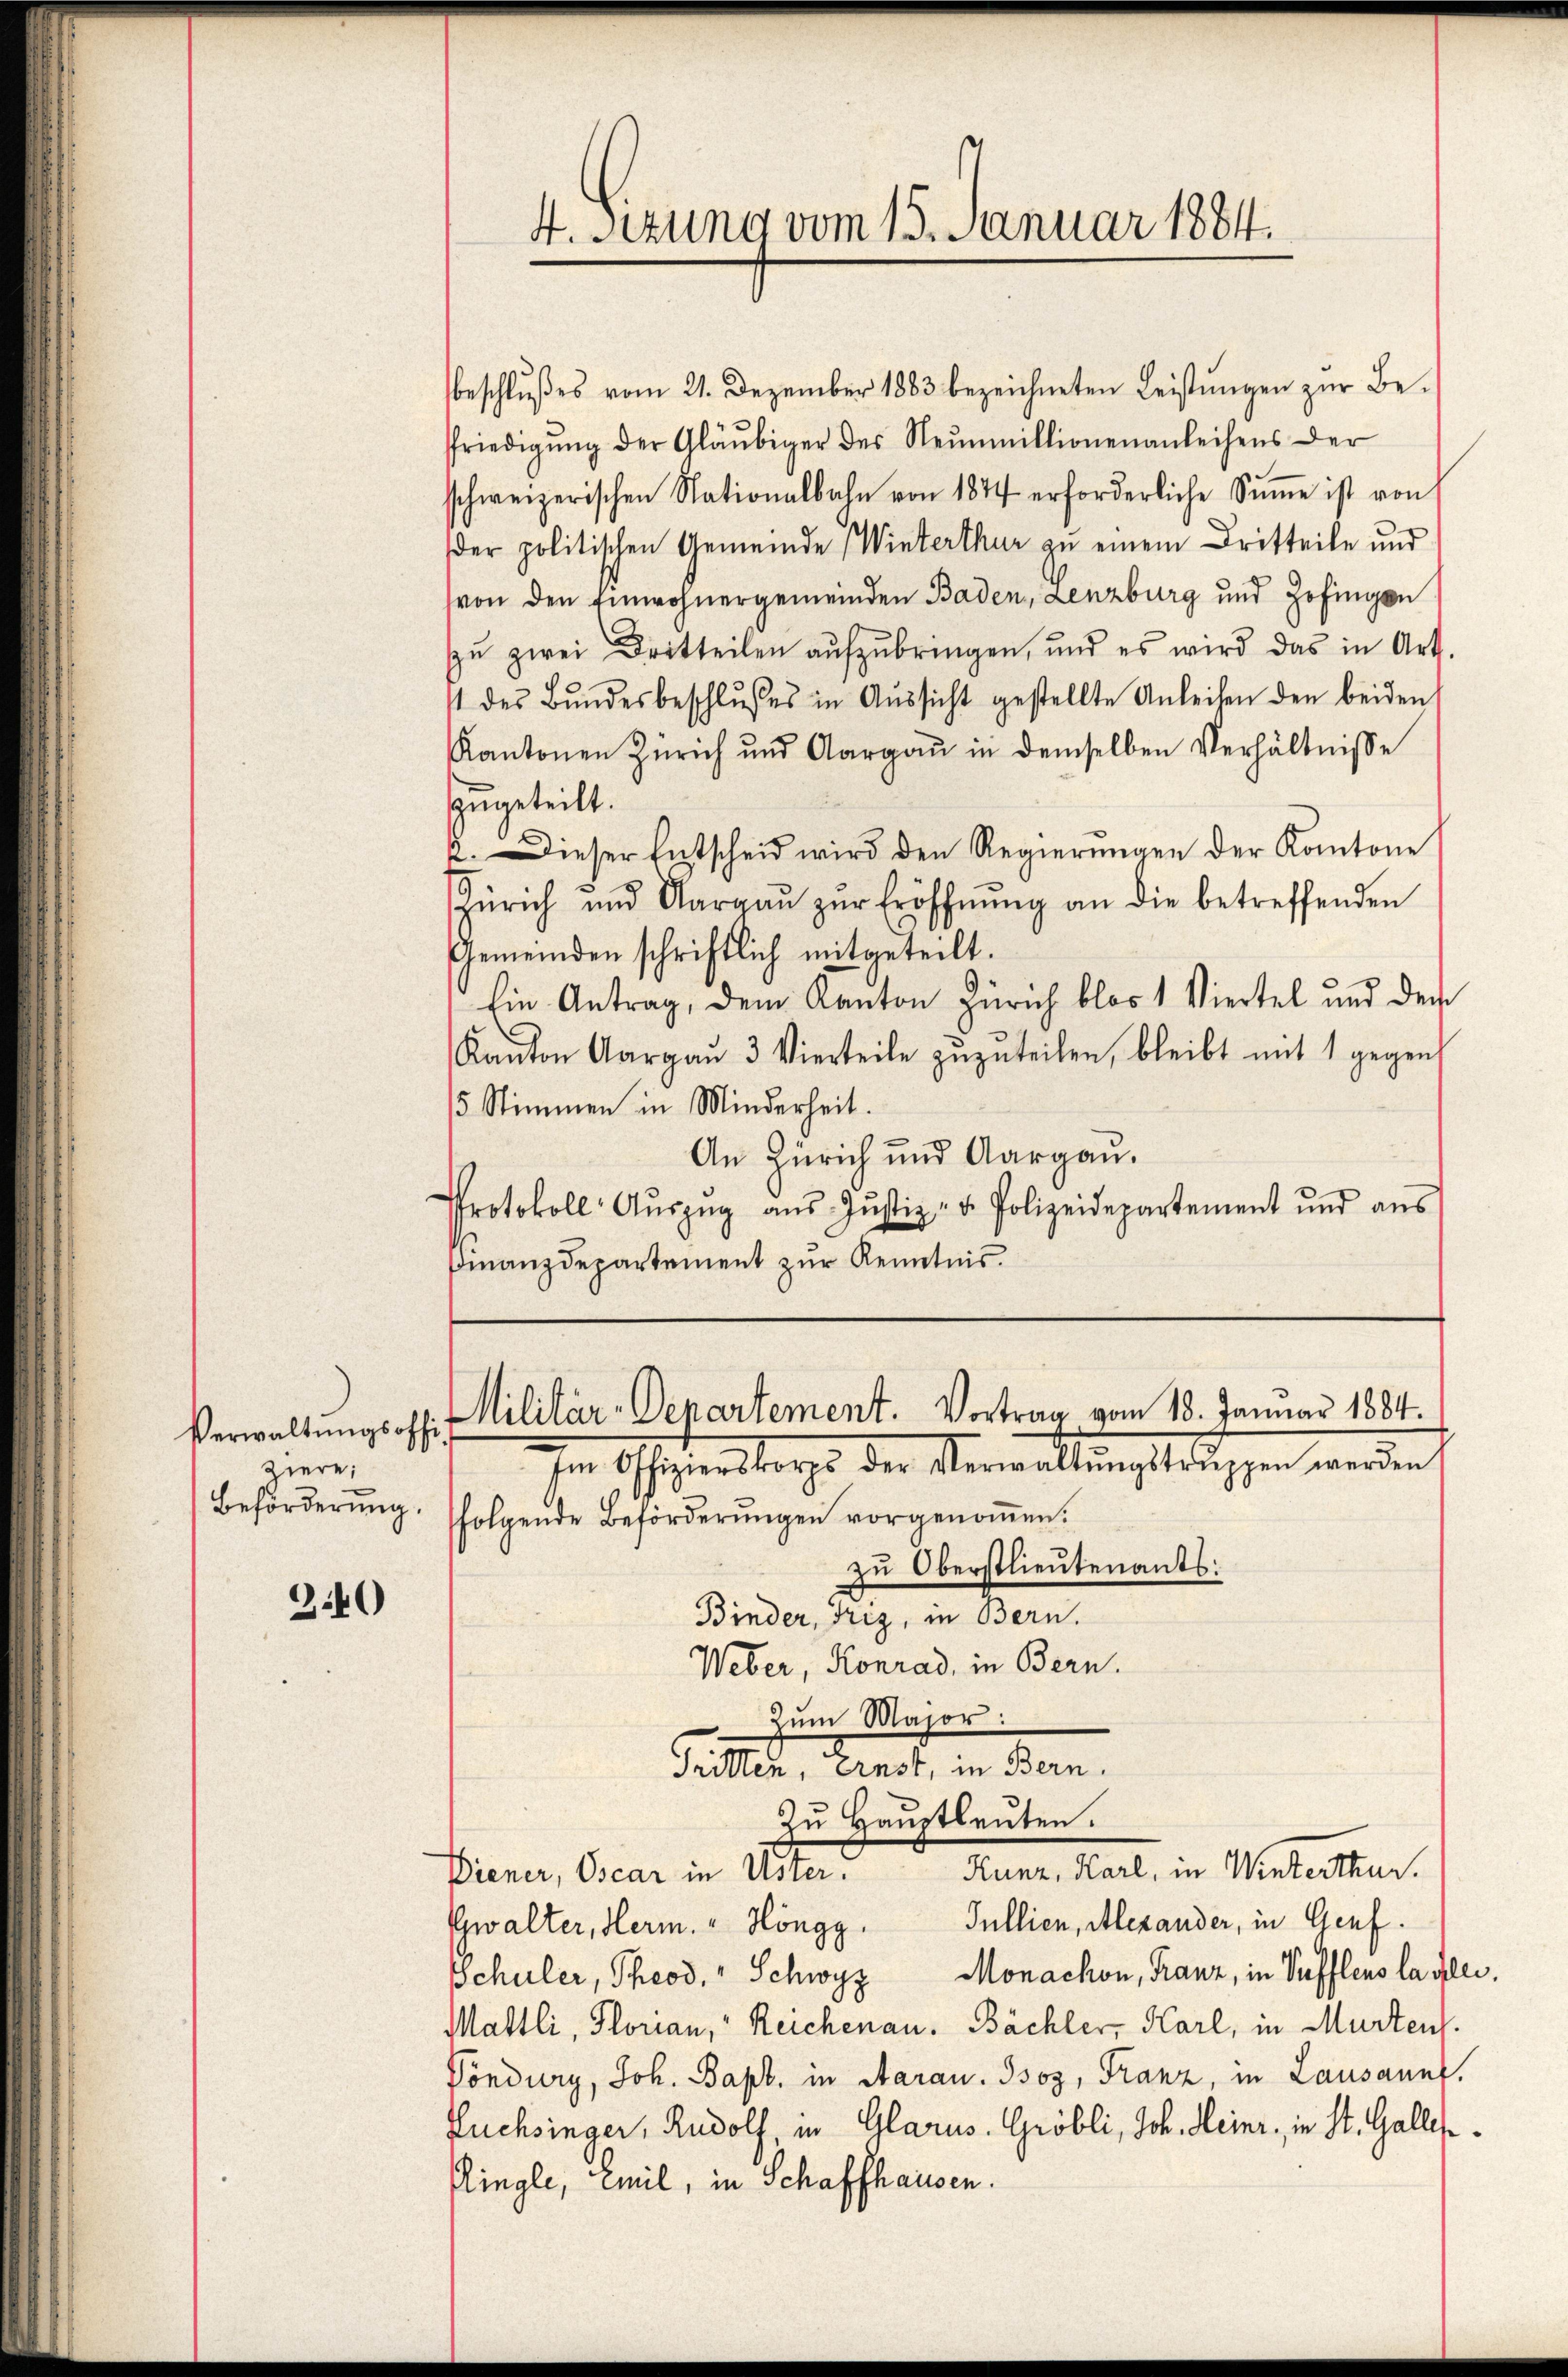
Verwaltungsoffiziere,

3.40

4. Sizung vom 15. Januar 1884.

beschlŭβes vom 21. Dezember 1883 bezeichneten Leistŭngen zŭr Be-
Pfriedigŭng der Gläubiger der Neŭnmillionenanleihens der
schweizerischen Nationalbahn von 1844 erforderliche Sŭṁe ist von
der politischen Gemeinde (Winterthur zu einem Dritteile und
von den Einwohnergemeinden Baden, Lenzburg und Zofingen
zŭ zwei Dritteilen aŭfzŭbringen, und es wird das in Art.
 des Bŭndesbeschlŭsses in Aŭssicht gestellte Anleihen den beiden
Kantonen Zürich und Aargaŭ in demselben Verhältnisse
zugeteilt.
2. Dieser Entscheid wird den Regierŭngen der Kantone
Zürich und Aargaŭ zŭr Eröffnŭng an die betreffenden
Gemeinden schriftlich mitgeteilt.
Ein Antrag, dem Kanton Zürich blos 1 Viertel und der
Kanton Aargaŭ 3 Vierteile zŭzŭteilen, bleibt mit 1 gegens
15 Stimmen in Minderheit.
An Zürich und Aargau.
Protokoll Aŭszŭg aŭs Jŭstiz- u. Polizeidepartement und aŭs
Finanzdepartement zur Kenntnis.

Militär-Departement. Vortrag vom 18. Januar 1884.

Im Offizierstors der Verwaltŭngstruppen werden,
Beförderŭng. (folgende Beförderŭngen vorgenoṁen.
zu Oberstlieutenants:
Binder, Triz, in Bern.
Weber, Konrad, in Bern.
Zum Major:
Tritten, ernst, in Bern.
zŭ Haŭptleuten.
Kunz, Karl, in Winterthur.
Biener, Ocar in Uster.
Gwalter, Herm. " Höngg. Jullien, Alexander, in Genf.
Schuler, Theod. " Schwyz Monachon, Franz, in Pufflens la glei¬
Mattli, Florian, " Reichenau. Bächler, Karl, in Murtens.
Pondury, Joh. Bapt. in Aarau. Isoz, Franz, in Lausannt,
Füchsinger, Rudolf, in Glarus. Gröbli, Joh. Heinr, in St. Galles
Ringle, eil, in Schaffhausen.